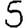
Digit: 5